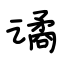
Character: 谲